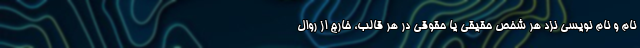
نام و نام نویسی نزد هر شخص حقیقی یا حقوقی در هر قالب، خارج از روال